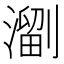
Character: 𱨳